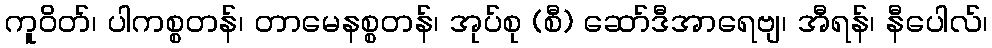
ကူဝိတ်၊ ပါကစ္စတန်၊ တာမေနစ္စတန်၊ အုပ်စု (စီ) ဆော်ဒီအာရေဗျ၊ အီရန်၊ နီပေါလ်၊